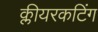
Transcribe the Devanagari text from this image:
क्लीयरकटिंग